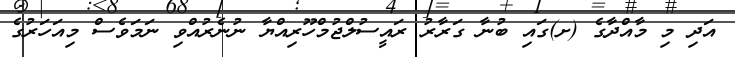
އަދި މި މާއްދާގެ (ށ)ގައި ބުނާ ގަރާރު ރައީސުލްޖުމްހޫރިއްޔާ ނުނެރުއްވި ނަމަވެސް މިއަހަރުގެ